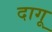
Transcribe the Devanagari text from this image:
दागू